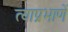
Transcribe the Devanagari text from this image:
त्याप्रभाणें